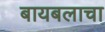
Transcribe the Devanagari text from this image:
बायबलाचा